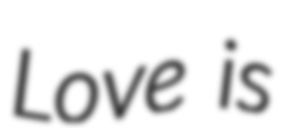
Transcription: Love is